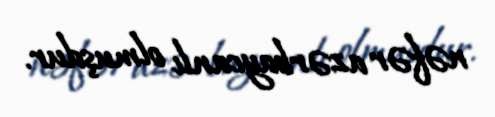
nəfər azərbaycanlı olmuşdur.